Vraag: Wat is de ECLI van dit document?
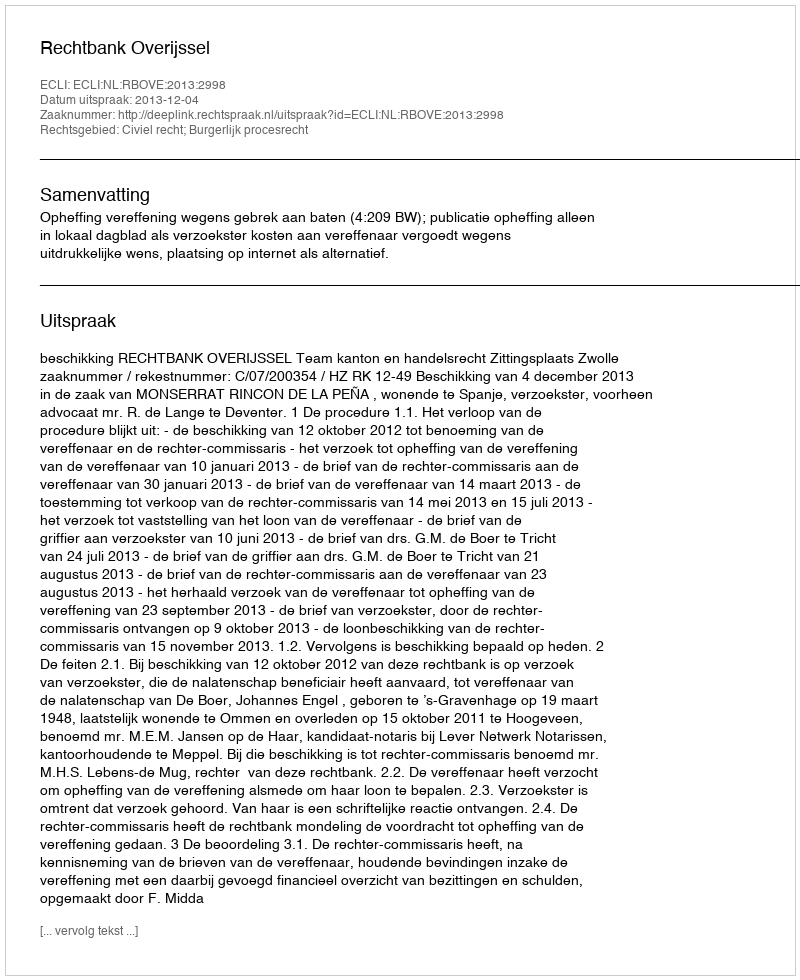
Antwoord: ECLI:NL:RBOVE:2013:2998